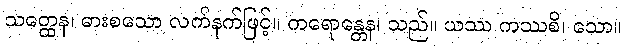
သတ္ထေန၊ ဓားစသော လက်နက်ဖြင့်။ ကရောန္တေန၊ သည်။ ယဿ ကဿစိ၊ သော။